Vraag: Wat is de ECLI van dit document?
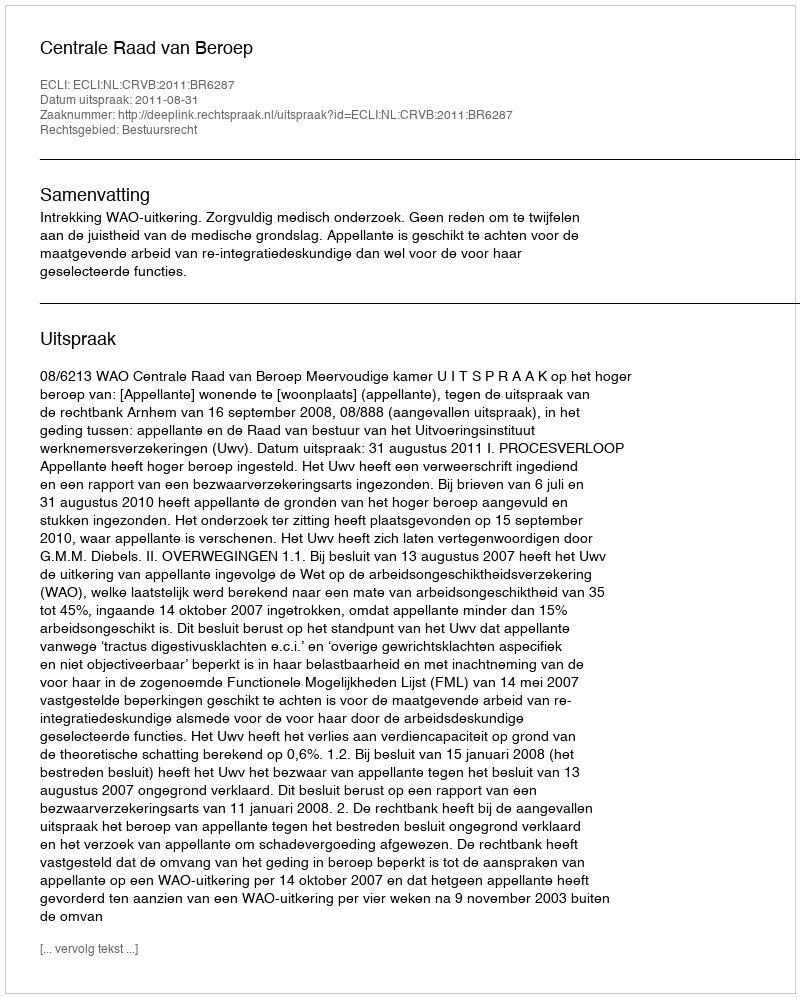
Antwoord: ECLI:NL:CRVB:2011:BR6287